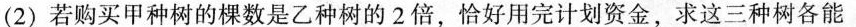
(2)若购买甲种树的棵数是乙种树的2倍，恰好用完计划资金，求这三种树各能